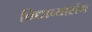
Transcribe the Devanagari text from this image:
विद्याव्यासंग